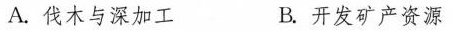
A.伐木与深加工 B.开发矿产资源